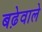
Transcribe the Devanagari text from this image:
बढ़ेवाले